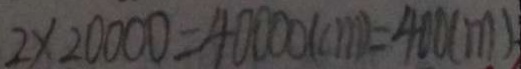
2 \times 2 0 0 0 0 = 4 0 0 0 0 ( c m ) = 4 0 0 ( m )